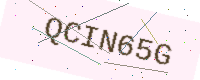
Text: QCIN65G